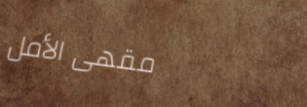
مقهى الأمل